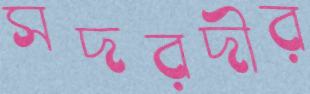
সদরদীর